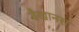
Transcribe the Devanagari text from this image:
बैखानस